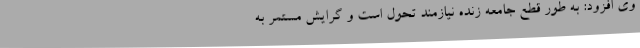
وی افزود: به طور قطع جامعه زنده نیازمند تحول است و گرایش مستمر به